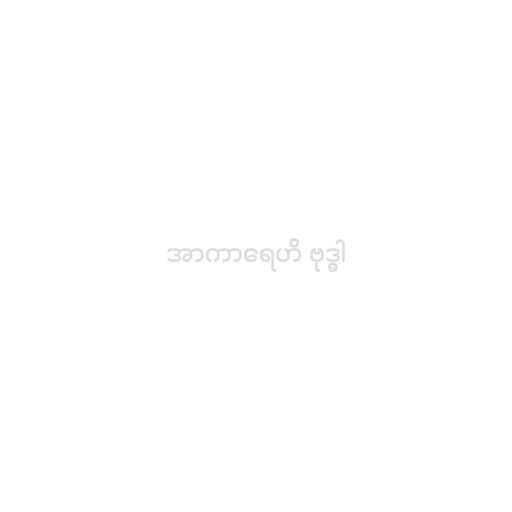
အာကာရေဟိ ဗုဒ္ဓါ